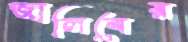
জালিবের